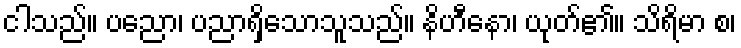
ငါသည်။ ပညော၊ ပညာရှိသောသူသည်။ နိဟီနော၊ ယုတ်၏။ သိရိမာ စ၊